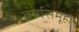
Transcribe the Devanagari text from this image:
वर्णसमूहो